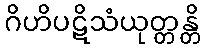
ဂိဟိပဋိသံယုတ္တန္တိ